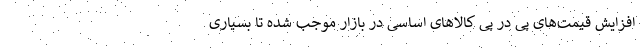
افزایش قیمت‌های پی در پی کالاهای اساسی در بازار موجب شده تا بسیاری